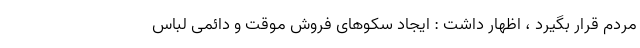
مردم قرار بگیرد ، اظهار داشت : ایجاد سکوهای فروش موقت و دائمی لباس